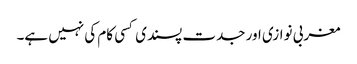
مغربی نوازی اور جدت پسندی کسی کام کی نہیں ہے۔